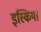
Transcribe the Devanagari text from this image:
इस्किया